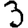
Digit: 3